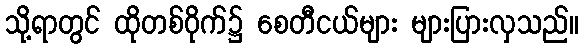
သို့ရာတွင် ထိုတစ်ဝိုက်၌ စေတီငယ်များ များပြားလှသည်။